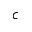
^ c